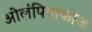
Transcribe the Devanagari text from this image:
ओलंपियाकोज